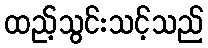
ထည့်သွင်းသင့်သည်